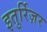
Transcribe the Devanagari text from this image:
इतुर्रिज़र